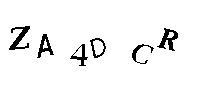
ZA4DCR